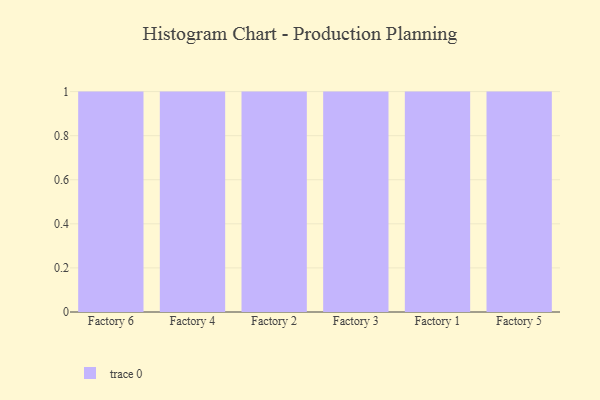
{"axis": {"x": "Factory", "y": "Headcount"}, "legend": [""], "data": [{"x": "Factory 6", "y": 85, "type": ""}, {"x": "Factory 4", "y": 56, "type": ""}, {"x": "Factory 2", "y": 51, "type": ""}, {"x": "Factory 3", "y": 76, "type": ""}, {"x": "Factory 1", "y": 12, "type": ""}, {"x": "Factory 5", "y": 50, "type": ""}]}